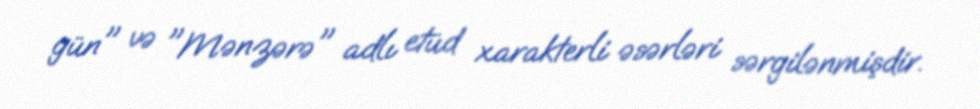
gün" və "Mənzərə" adlı etüd xarakterli əsərləri sərgilənmişdir.